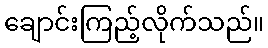
ချောင်းကြည့်လိုက်သည်။